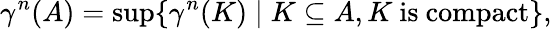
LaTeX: \gamma^{n}(A)=\operatorname*{sup}\{ \gamma^{n}(K)\mid K\subseteq A,K{\mathrm{~is~compact}}\} ,